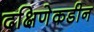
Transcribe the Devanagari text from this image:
दक्षिणेकडीन